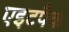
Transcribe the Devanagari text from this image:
एइटपैक